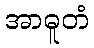
အာဓူတံ